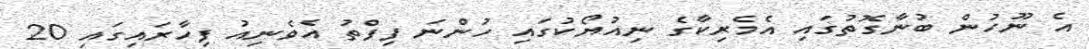
އެ ނޫހުން ބުނާގޮތުގައި އެމެރިކާގެ ނިއުޔޯކުގައި ހުންނަ ފިފްތު އެވެނިއު ފިހާރައިގައި 20